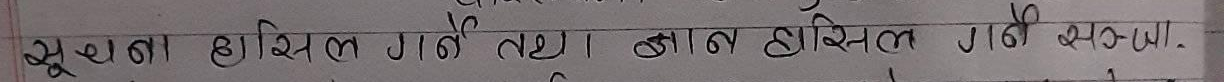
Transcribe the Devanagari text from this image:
सूचना हासिल गर्ने तथा ज्ञान हासिल गर्ने अनुसार.